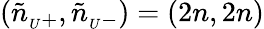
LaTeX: (\tilde{n}_{{}_{U}+},\tilde{n}_{{}_{U}-})=(2n,2n)